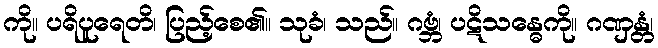
ကို။ ပရိပူရေတိ၊ ပြည့်စေ၏။ သုခံ၊ သည်။ ဂဗ္ဘံ၊ ပဋိသန္ဓေကို။ ဂဏှန္တံ၊